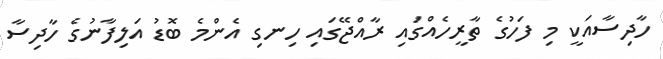
ހާދިސާއަކީ މި ފަހުގެ ތާރީހެއްގައި ރާއްޖޭގައި ހިނގި އެންމެ ބޮޑު އަލިފާނުގެ ހާދިސާ